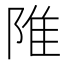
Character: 陮